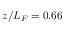
z / L _ { F } = 0 . 6 6